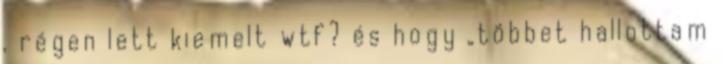
, régen lett kiemelt wtf? és hogy „többet hallottam